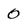
Character: 0